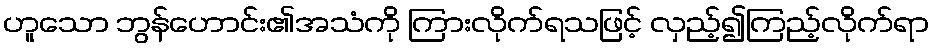
ဟူသော ဘွန်ဟောင်း၏အသံကို ကြားလိုက်ရသဖြင့် လှည့်၍ကြည့်လိုက်ရာ